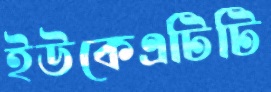
ইউকেএটিটি